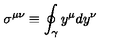
\sigma ^ { \mu \nu } \equiv \oint _ { \gamma } y ^ { \mu } d y ^ { \nu }